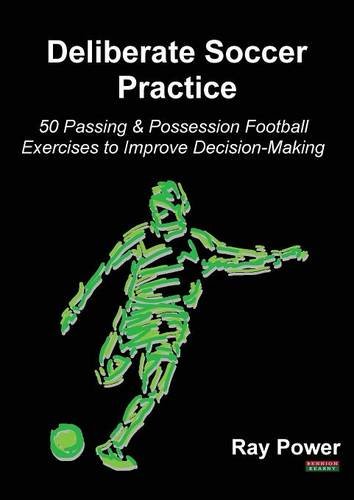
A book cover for Deliberate Soccer Practice: 50 Passing & Possession Football Exercises to Improve Decision-Making; Ray Power; Sports & Outdoors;